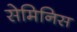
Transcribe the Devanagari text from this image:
सेमिनिस